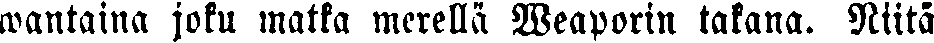
wantaina joku matka merellä Weaporin takana. Niitä